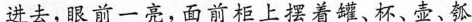
进去，眼前一亮，面前柜上摆着罐、杯、壶、瓠